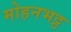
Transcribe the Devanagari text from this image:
मोहनभट्ट